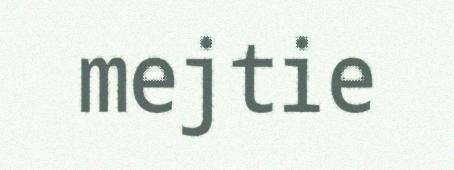
mejtie